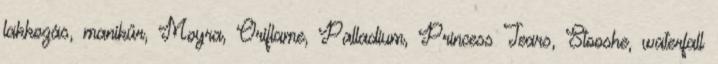
lakkozás, manikűr, Moyra, Oriflame, Palladium, Princess Tears, Stooshe, waterfall